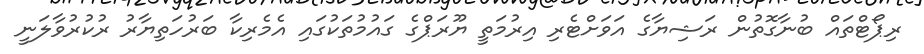
ރިޕޯޓްތައް ބުނާގޮތުން ރަޝިޔާގެ އަވަށްޓެރި އިރުމަތީ ޔޫރަޕްގެ ގައުމުތަކުގައި އެމެރިކާ ބަރުހަތިޔާރު ރުކުރުވާލަނީ